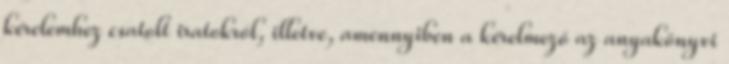
kérelemhez csatolt iratokról, illetve, amennyiben a kérelmező az anyakönyvi